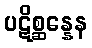
ပဋိစ္ဆန္နေန